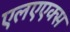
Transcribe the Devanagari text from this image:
एलएएक्स